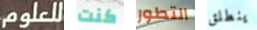
للعلوم كنت التطور ينطلق